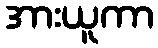
အားယူကာ